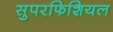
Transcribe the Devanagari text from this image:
सुपरफिशियल